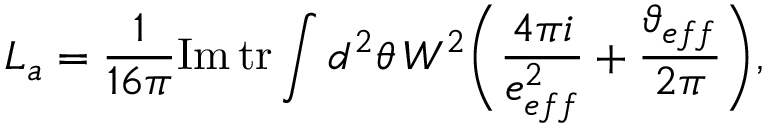
L _ { a } = \frac { 1 } { 1 6 \pi } \mathrm { I m } \, \mathrm { t r } \int d ^ { 2 } \theta \, W ^ { 2 } \Bigg ( \frac { 4 \pi i } { e _ { e f f } ^ { 2 } } + \frac { \vartheta _ { e f f } } { 2 \pi } \Bigg ) ,